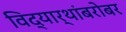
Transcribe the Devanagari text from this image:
विद्यार्थांबरोबर